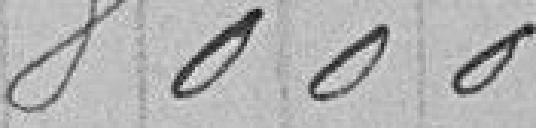
8 000